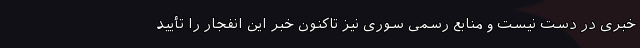
خبری در دست نیست و منابع رسمی سوری نیز تاکنون خبر این انفجار را تأیید